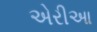
એરીઆ